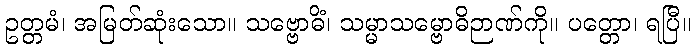
ဥတ္တမံ၊ အမြတ်ဆုံးသော။ သဗ္ဗောဓိံ၊ သမ္မာသမ္ဗောဓိဉာဏ်ကို။ ပတ္တော၊ ရပြီ။